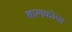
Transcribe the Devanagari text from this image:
बालकोबा